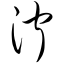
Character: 泞